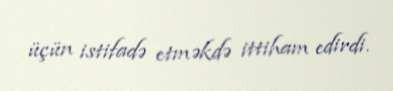
üçün istifadə etməkdə ittiham edirdi.